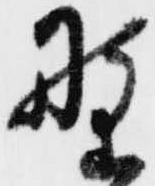
野